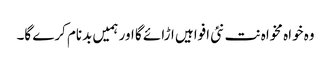
وہ خواہ مخواہ نت نئی افواہیں اڑائے گا اور ہمیں بدنام کرے گا۔